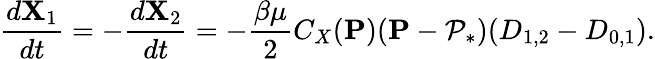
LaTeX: \frac{d\mathbf{X}_{1}}{dt}=-\frac{d\mathbf{X}_{2}}{dt}=-\frac{\beta\mu}{2}C_{X}(\mathbf{P})(\mathbf{P}-\mathcal{P}_{*})(D_{1,2}-D_{0,1}).